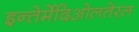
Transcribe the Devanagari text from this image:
इन्तेर्मेदिओलतेरल